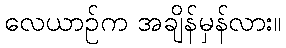
လေယာဉ်က အချိန်မှန်လား။